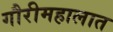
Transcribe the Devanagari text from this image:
गौरीमहालात